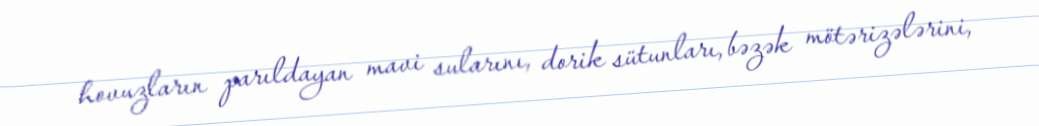
hovuzların parıldayan mavi sularını, dorik sütunları, bəzək mötərizələrini,